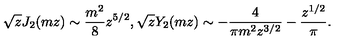
\sqrt { z } J _ { 2 } ( m z ) \sim { \frac { m ^ { 2 } } { 8 } } z ^ { 5 / 2 } , \sqrt { z } Y _ { 2 } ( m z ) \sim - { \frac { 4 } { \pi m ^ { 2 } z ^ { 3 / 2 } } } - { \frac { z ^ { 1 / 2 } } { \pi } } .